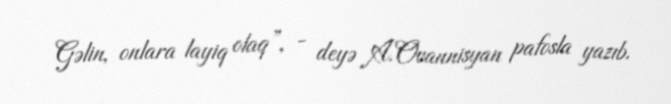
Gəlin, onlara layiq olaq”, - deyə A.Ovannisyan pafosla yazıb.